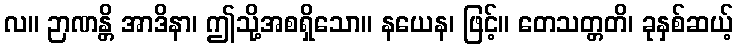
လ။ ဉာဏန္တိ အာဒိနာ၊ ဤသို့အစရှိသော။ နယေန၊ ဖြင့်။ တေသတ္တတိ၊ ခုနှစ်ဆယ့်